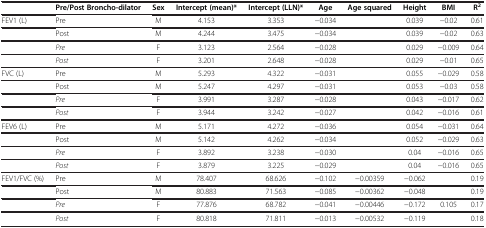
|  | Pre/Post Broncho-dilator | Sex | Intercept (mean)* | Intercept (LLN)* | Age | Age squared | Height | BMI | R2 |
 | --- | --- | --- | --- | --- | --- | --- | --- | --- | --- |
 | FEV1 (L) | Pre | M | 4.153 | 3.353 | −0.034 |  | 0.039 | −0.02 | 0.61 |
 |  | Post | M | 4.244 | 3.475 | −0.034 |  | 0.039 | −0.02 | 0.63 |
 |  | Pre | F | 3.123 | 2.564 | −0.028 |  | 0.029 | −0.009 | 0.64 |
 |  | Post | F | 3.201 | 2.648 | −0.028 |  | 0.029 | −0.01 | 0.65 |
 | FVC (L) | Pre | M | 5.293 | 4.322 | −0.031 |  | 0.055 | −0.029 | 0.58 |
 |  | Post | M | 5.247 | 4.297 | −0.031 |  | 0.053 | −0.03 | 0.58 |
 |  | Pre | F | 3.991 | 3.287 | −0.028 |  | 0.043 | −0.017 | 0.62 |
 |  | Post | F | 3.944 | 3.242 | −0.027 |  | 0.042 | −0.016 | 0.61 |
 | FEV6 (L) | Pre | M | 5.171 | 4.272 | −0.036 |  | 0.054 | −0.031 | 0.64 |
 |  | Post | M | 5.142 | 4.262 | −0.034 |  | 0.052 | −0.029 | 0.63 |
 |  | Pre | F | 3.892 | 3.238 | −0.030 |  | 0.04 | −0.016 | 0.65 |
 |  | Post | F | 3.879 | 3.225 | −0.029 |  | 0.04 | −0.016 | 0.65 |
 | FEV1/FVC (%) | Pre | M | 78.407 | 68.626 | −0.102 | −0.00359 | −0.062 |  | 0.19 |
 |  | Post | M | 80.883 | 71.563 | −0.085 | −0.00362 | −0.048 |  | 0.19 |
 |  | Pre | F | 77.876 | 68.782 | −0.041 | −0.00446 | −0.172 | 0.105 | 0.17 |
 |  | Post | F | 80.818 | 71.811 | −0.013 | −0.00532 | −0.119 |  | 0.18 |